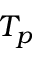
T _ { p }